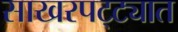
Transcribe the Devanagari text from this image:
साखरपट्ट्यात